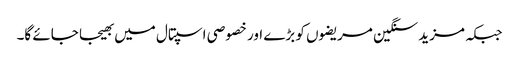
جبکہ مزید سنگین مریضوں کو بڑے اور خصوصی اسپتال میں بھیجا جائے گا۔